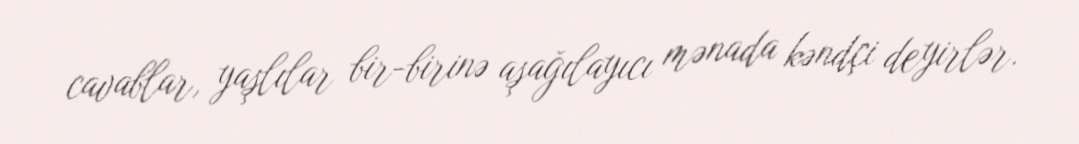
cavablar, yaşlılar bir-birinə aşağılayıcı mənada kəndçi deyirlər.